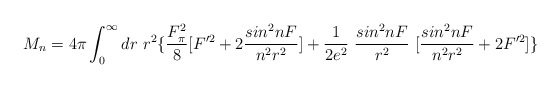
\begin{align*}M_n= 4\pi \int_0^\infty dr~r^2\{ \frac{F_\pi^2}{8} [ F'^2 +2\frac{sin^2nF}{n^2 r^2} ] +\frac{1}{2e^2} ~\frac{sin^2nF}{r^2}~[\frac{sin^2nF}{n^2 r^2} + 2F'^2]\}\end{align*}